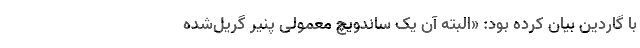
با گاردین بیان کرده بود: «البته آن یک ساندویچ معمولی پنیر گریل‌شده